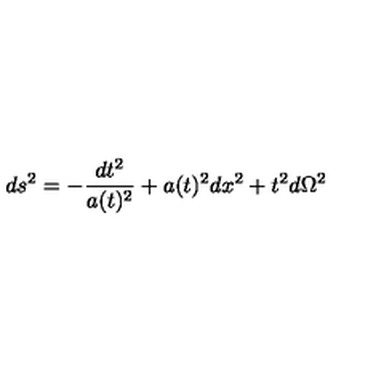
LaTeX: d s ^ { 2 } = - \frac { d t ^ { 2 } } { a ( t ) ^ { 2 } } + a ( t ) ^ { 2 } d x ^ { 2 } + t ^ { 2 } d \Omega ^ { 2 }